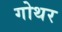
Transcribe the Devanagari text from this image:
गोथर